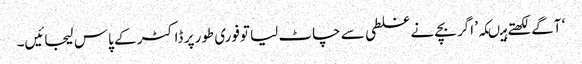
‘ آگے لکھتے ہیںکہ’ اگر بچے نے غلطی سے چاٹ لیا توفوری طور پر ڈاکٹر کے پاس لیجائیں۔